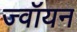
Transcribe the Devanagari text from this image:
ज्वॉयन